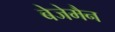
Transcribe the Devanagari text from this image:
बेजेमैन